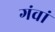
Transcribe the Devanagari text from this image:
गंवां